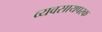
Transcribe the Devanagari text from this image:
व्‍यवसायपरक